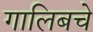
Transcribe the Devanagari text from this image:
गालिबचे